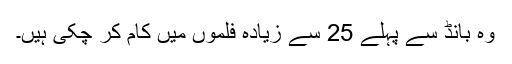
وہ بانڈ سے پہلے 25 سے زیادہ فلموں میں کام کر چکی ہیں۔